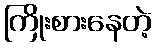
ကြိုးစားနေတဲ့